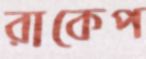
রাকেপ